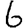
Digit: 6